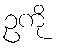
ဥကို